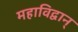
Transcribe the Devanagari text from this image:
महाविद्वान्